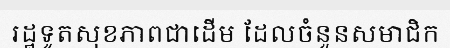
រដ្ឋទូតសុខភាពជាដើម ដែលចំនួនសមាជិក